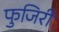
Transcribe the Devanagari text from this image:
फुजिरी